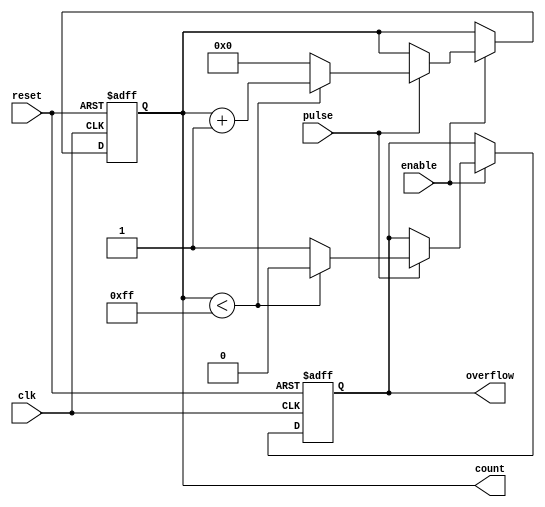
module pulse_counter (
    input wire clk,           // Clock input
    input wire reset,         // Asynchronous reset
    input wire pulse,         // Input pulse signal
    input wire enable,        // Enable signal
    output reg [7:0] count,   // 8-bit counter output
    output reg overflow       // Overflow indicator
);
    
    // Initial conditions
    initial begin
        count = 8'b0;
        overflow = 1'b0;
    end

    // Edge detection and counting logic
    always @(posedge clk or posedge reset) begin
        if (reset) begin
            count <= 8'b0;       // Reset count to zero
            overflow <= 1'b0;    // Clear overflow flag
        end
        else if (enable) begin
            if (pulse) begin
                if (count < 8'd255) begin
                    count <= count + 1'b1;  // Increment count
                    overflow <= 1'b0;        // Clear overflow flag
                end
                else begin
                    count <= 8'b0;          // Wrap around
                    overflow <= 1'b1;        // Set overflow flag
                end
            end
        end
    end
endmodule